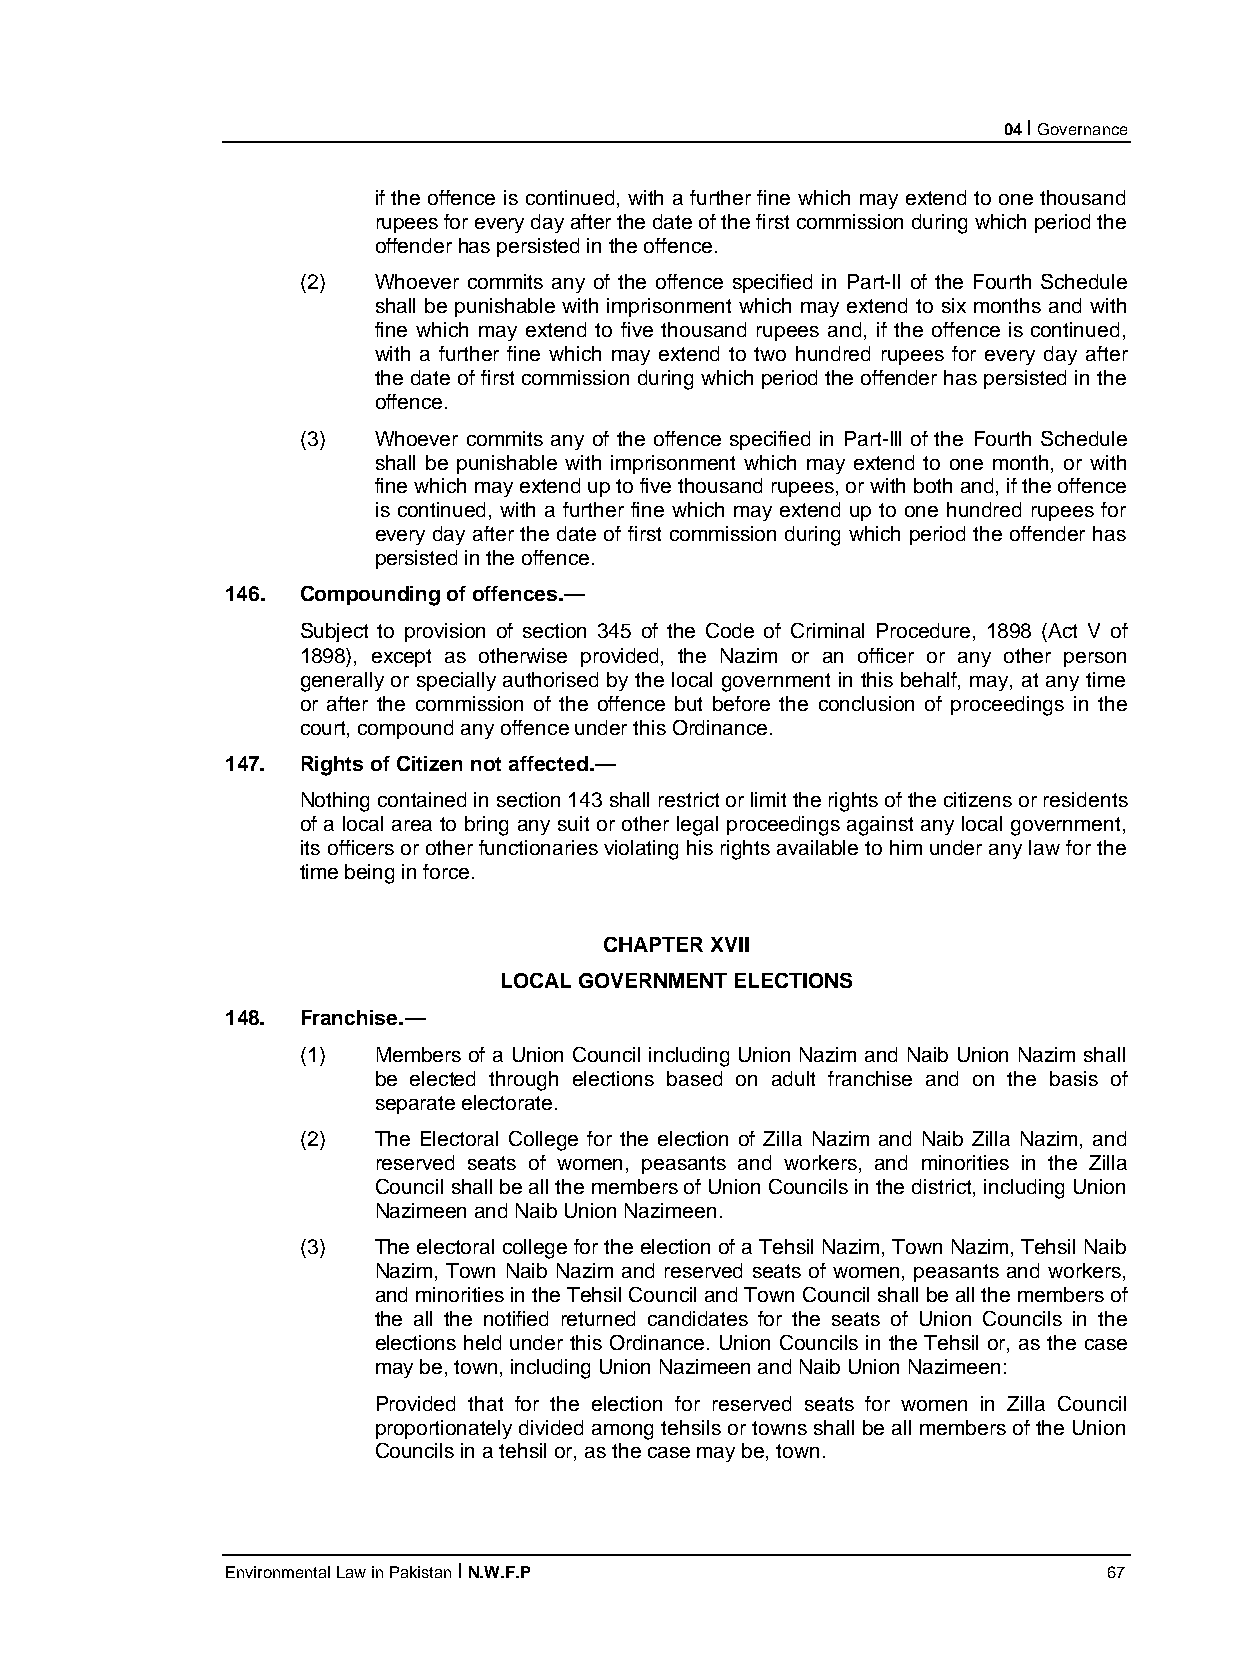
04 I Governance
 if the offence is continued, with a further fine which may extend to one thousand
 rupees for every day after the date of the first commission during which period the
 offender has persisted in the offence.
 (2)  Whoever commits any of the offence specified in Part-II of the Fourth Schedule
 shall be punishable with imprisonment which may extend to six months and with
 fine which may extend to five thousand rupees and, if the offence is continued,
 with a further fine which may extend to two hundred rupees for every day after
 the date of first commission during which period the offender has persisted in the
 offence.
 (3)  Whoever commits any of the offence specified in Part-Ill of the Fourth Schedule
 shall be punishable with imprisonment which may extend to one month, or with
 fine which may extend up to five thousand rupees, or with both and, if the offence
 is continued, with a further fine which may extend up to one hundred rupees for
 every day after the date of first commission during which period the offender has
 persisted in the offence.
 146. Compounding of offences.—
 Subject to provision of section 345 of the Code of Criminal Procedure, 1898 (Act V of
 1898), except as otherwise provided, the Nazim or an officer or any other person
 generally or specially authorised by the local government in this behalf, may, at any time
 or after the commission of the offence but before the conclusion of proceedings in the
 court, compound any offence under this Ordinance.
 147. Rights of Citizen not affected.—
 Nothing contained in section 143 shall restrict or limit the rights of the citizens or residents
 of a local area to bring any suit or other legal proceedings against any local government,
 its officers or other functionaries violating his rights available to him under any law for the
 time being in force.
 CHAPTER XVII
 LOCAL GOVERNMENT ELECTIONS
 148. Franchise.—
 (1)  Members of a Union Council including Union Nazim and Naib Union Nazim shall
 be elected through elections based on adult franchise and on the basis of
 separate electorate.
 (2)  The Electoral College for the election of Zilla Nazim and Naib Zilla Nazim, and
 reserved seats of women, peasants and workers, and minorities in the Zilla
 Council shall be all the members of Union Councils in the district, including Union
 Nazimeen and Naib Union Nazimeen.
 (3)  The electoral college for the election of a Tehsil Nazim, Town Nazim, Tehsil Naib
 Nazim, Town Naib Nazim and reserved seats of women, peasants and workers,
 and minorities in the Tehsil Council and Town Council shall be all the members of
 the all the notified returned candidates for the seats of Union Councils in the
 elections held under this Ordinance. Union Councils in the Tehsil or, as the case
 may be, town, including Union Nazimeen and Naib Union Nazimeen:
 Provided that for the election for reserved seats for women in Zilla Council
 proportionately divided among tehsils or towns shall be all members of the Union
 Councils in a tehsil or, as the case may be, town.
 Environmental Law in Pakistan I N.W.F.P                   67